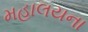
મહાલયના